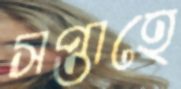
সপ্তাহে